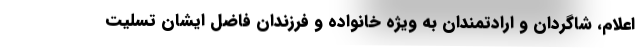
اعلام، شاگردان و ارادتمندان به ویژه خانواده و فرزندان فاضل ایشان تسلیت